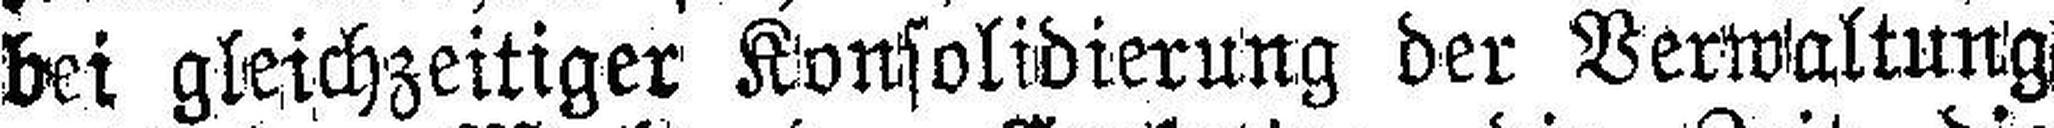
bei gleichzeitiger Konsolidierung der Verwaltung